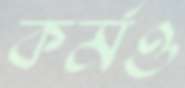
কর্মও